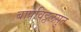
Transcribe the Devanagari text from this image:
बापविठ्ठलसुत